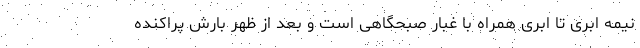
نیمه ابری تا ابری همراه با غبار صبحگاهی است و بعد از ظهر بارش پراکنده